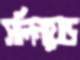
সলিনয়েড